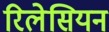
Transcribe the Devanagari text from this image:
रिलेसियन